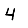
Digit: 4